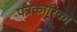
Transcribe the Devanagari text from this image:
पत्रकारिका